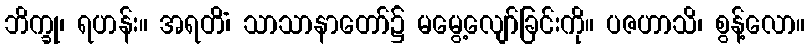
ဘိက္ခု၊ ရဟန်း။ အရတိံ၊ သာသာနာတော်၌ မမွေ့လျော်ခြင်းကို။ ပဇဟာသိ၊ စွန့်လော။